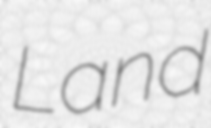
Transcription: Land